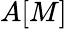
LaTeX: A[M]